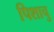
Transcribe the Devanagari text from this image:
पिशाचु